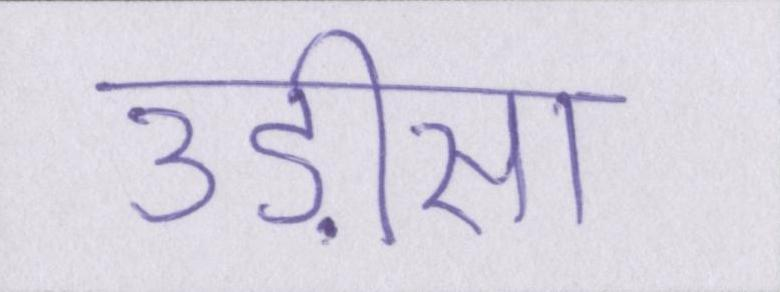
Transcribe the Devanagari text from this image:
उड़ीसा